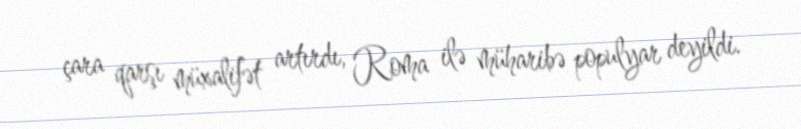
çara qarşı müxalifət artırdı, Roma ilə müharibə populyar deyildi.